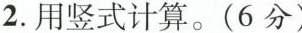
2. 用竖式计算。(6分)